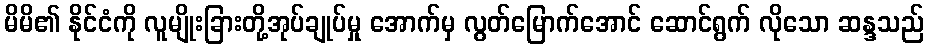
မိမိ၏ နိုင်ငံကို လူမျိုးခြားတို့အုပ်ချုပ်မှု အောက်မှ လွတ်မြောက်အောင် ဆောင်ရွက် လိုသော ဆန္ဒသည်